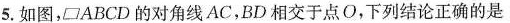
5.如图， ▱ABCD的对角线AC，BD相交于点O，下列结论正确的是